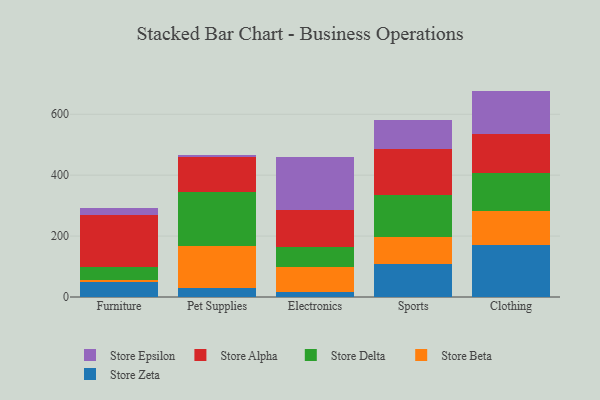
{"axis": {"x": "Category", "y": "Tickets Resolved"}, "legend": ["Store Alpha", "Store Beta", "Store Delta", "Store Epsilon", "Store Zeta"], "data": [{"x": "Furniture", "y": 50.5, "type": "Store Zeta"}, {"x": "Furniture", "y": 5.8, "type": "Store Beta"}, {"x": "Furniture", "y": 42.6, "type": "Store Delta"}, {"x": "Furniture", "y": 169.0, "type": "Store Alpha"}, {"x": "Furniture", "y": 25.4, "type": "Store Epsilon"}, {"x": "Pet Supplies", "y": 28.9, "type": "Store Zeta"}, {"x": "Pet Supplies", "y": 138.7, "type": "Store Beta"}, {"x": "Pet Supplies", "y": 175.7, "type": "Store Delta"}, {"x": "Pet Supplies", "y": 117.8, "type": "Store Alpha"}, {"x": "Pet Supplies", "y": 5.1, "type": "Store Epsilon"}, {"x": "Electronics", "y": 17.3, "type": "Store Zeta"}, {"x": "Electronics", "y": 82.5, "type": "Store Beta"}, {"x": "Electronics", "y": 63.4, "type": "Store Delta"}, {"x": "Electronics", "y": 121.5, "type": "Store Alpha"}, {"x": "Electronics", "y": 174.8, "type": "Store Epsilon"}, {"x": "Sports", "y": 108.7, "type": "Store Zeta"}, {"x": "Sports", "y": 89.2, "type": "Store Beta"}, {"x": "Sports", "y": 136.1, "type": "Store Delta"}, {"x": "Sports", "y": 151.8, "type": "Store Alpha"}, {"x": "Sports", "y": 95.9, "type": "Store Epsilon"}, {"x": "Clothing", "y": 169.7, "type": "Store Zeta"}, {"x": "Clothing", "y": 113.1, "type": "Store Beta"}, {"x": "Clothing", "y": 124.1, "type": "Store Delta"}, {"x": "Clothing", "y": 128.6, "type": "Store Alpha"}, {"x": "Clothing", "y": 141.4, "type": "Store Epsilon"}]}